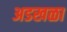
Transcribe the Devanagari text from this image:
अडखळा